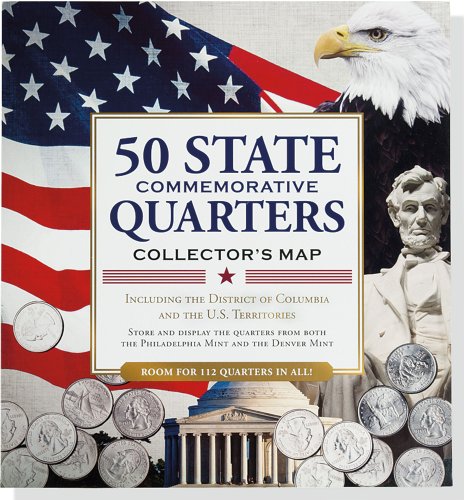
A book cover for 50 State Commemorative Quarters Collector's Map (includes both mints!); Peter Pauper Press; Crafts, Hobbies & Home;